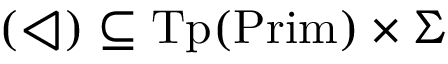
( \triangleleft ) \subseteq { \mathrm { T p } } ( { \mathrm { P r i m } } ) \times \Sigma